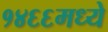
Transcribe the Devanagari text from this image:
१४६६मध्ये